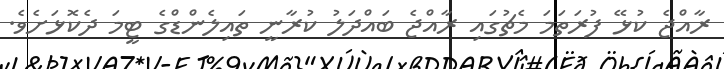
ރާއްޖެ ކުޅޭ ފުރަތަމަ މެޗުގައި ރާއްޖެ ބައްދަލު ކުރާނީ ތައިލެންޑްގެ ޓީމަ ދެކޮޅަށެވެ.